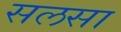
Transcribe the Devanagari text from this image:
सलसा